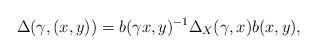
\begin{gather*}\Delta(\gamma, (x,y))=b(\gamma x,y)^{-1}\Delta_X(\gamma,x) b(x,y),\end{gather*}